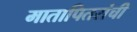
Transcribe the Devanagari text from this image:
मातापितरांची